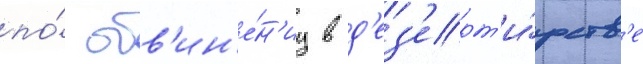
по́ обв'ин'е́н'иу в д'ез'ерт'и́рств'е